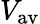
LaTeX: V_{\mathrm{av}}